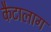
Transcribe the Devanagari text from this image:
कैटालाग